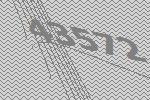
43572